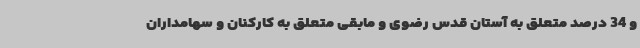
و 34 درصد متعلق به آستان قدس رضوی و مابقی متعلق به کارکنان و سهامداران